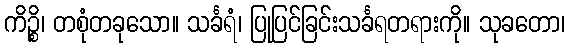
ကိဉ္စိ၊ တစုံတခုသော။ သင်္ခရံ၊ ပြုပြင်ခြင်းသင်္ခရတရားကို။ သုခတော၊